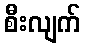
စီးလျက်